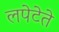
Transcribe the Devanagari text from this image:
लपेटेते